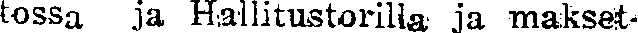
tossa ja Hallitustorilia ja makset-